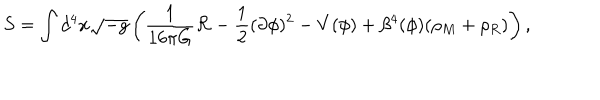
S = \int d ^ { 4 } x \sqrt { - g } \left( \frac { 1 } { 1 6 \pi G } { \cal R } - \frac { 1 } { 2 } ( \partial \phi ) ^ { 2 } - V ( \phi ) + \beta ^ { 4 } ( \phi ) ( \rho _ { M } + \rho _ { R } ) \right) ,